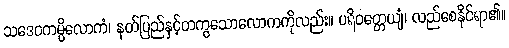
သဒေဝကမ္ပိလောကံ၊ နတ်ပြည်နှင့်တကွသောလောကကိုလည်း။ ပရိဝတ္တေယျံ၊ လည်စေနိုင်ရာ၏။